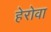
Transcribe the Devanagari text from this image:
हेरोवा